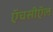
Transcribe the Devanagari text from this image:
ऍचसीऍल